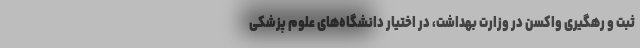
ثبت و رهگیری واکسن در وزارت بهداشت، در اختیار دانشگاه‌های علوم پزشکی